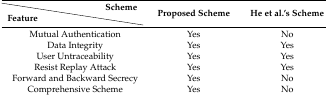
<table><thead><tr><td></td><td><b>Scheme</b></td><td rowspan="2"><b>Proposed Scheme</b></td><td rowspan="2"><b>He et al.’s Scheme</b></td></tr><tr><td><b>Feature</b></td><td></td></tr></thead><tbody><tr><td colspan="2">Mutual Authentication</td><td>Yes</td><td>No</td></tr><tr><td colspan="2">Data Integrity</td><td>Yes</td><td>Yes</td></tr><tr><td colspan="2">User Untraceability</td><td>Yes</td><td>Yes</td></tr><tr><td colspan="2">Resist Replay Attack</td><td>Yes</td><td>Yes</td></tr><tr><td colspan="2">Forward and Backward Secrecy</td><td>Yes</td><td>No</td></tr><tr><td colspan="2">Comprehensive Scheme</td><td>Yes</td><td>No</td></tr></tbody></table>